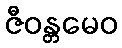
ဇီဝန္တမေဝ